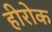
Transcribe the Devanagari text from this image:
हीरोक